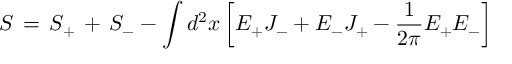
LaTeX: S \, = \, S _ { + } \, + \, S _ { - } - \int d ^ { 2 } x \left[ E _ { + } { \cal J } _ { - } + E _ { - } { \cal J } _ { + } - { \frac { 1 } { 2 \pi } } E _ { + } E _ { - } \right]